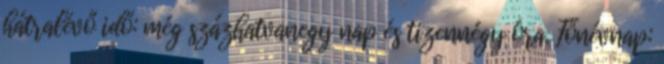
hátralévő idő: még százhatvanegy nap és tizennégy óra. Főnévnap: